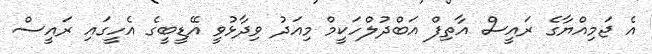
އެ ޖަމިއްޔާގެ ރައީސް އާތިފް އަބްދުލްހަކީމް މިއަދު ވިދާޅުވީ އޭޑީބީގެ އެހީގައި ރައީސް